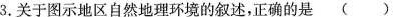
3.关于图示地区自然地理环境的叙述，正确的是()